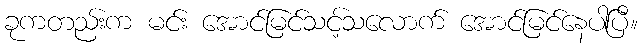
ခုကတည်းက မင်း အောင်မြင်သင့်သလောက် အောင်မြင်နေပါပြီ။